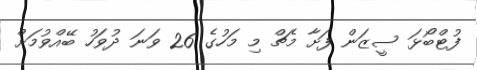
ފުޓްބޯޅަ ސީޒަން ފަށާ މެޗް މި މަހުގެ 26 ވަނަ ދުވަހު ބޭއްވުމަށް